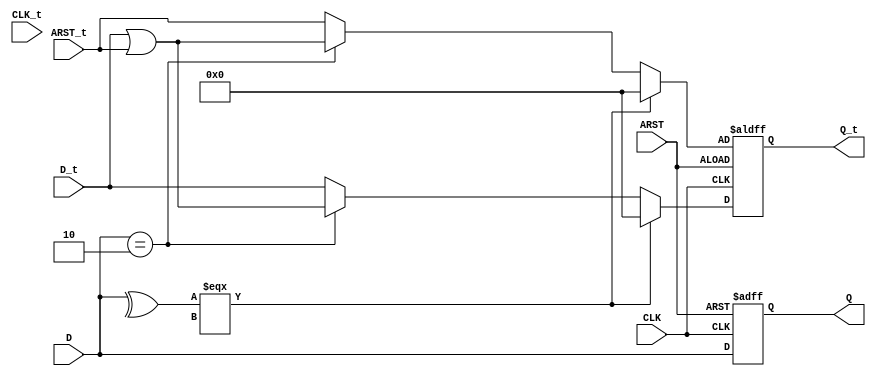
module m_0(ARST, ARST_t, CLK, CLK_t, D, D_t, Q, Q_t);

parameter WIDTH = 2;
parameter CLK_POLARITY = 1'b1;
parameter ARST_POLARITY = 1'b1;
parameter ARST_VALUE = 2;

input CLK, ARST;
input [WIDTH-1:0] D;
input [31:0] CLK_t;
input [31:0] ARST_t;
input [31:0] D_t;
output reg [WIDTH-1:0] Q;
output reg [31:0] Q_t;
wire pos_clk = CLK == CLK_POLARITY;
wire pos_arst = ARST == ARST_POLARITY;

initial begin
    Q_t = 0;
end

always @(posedge pos_clk, posedge pos_arst) begin
	if (pos_arst)begin
		Q <= ARST_VALUE;
		Q_t <= (^D === 1'bx) ? 0 : ((D == ARST_VALUE) ? (D_t | ARST_t) : ARST_t);
	end
	else begin
		Q <= D;
		Q_t <= (^D === 1'bx) ? 0 : ((D == ARST_VALUE) ? (D_t | ARST_t) : D_t);
	end
end


endmodule